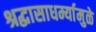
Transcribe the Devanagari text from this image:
श्रद्धासाधर्म्यामुळे